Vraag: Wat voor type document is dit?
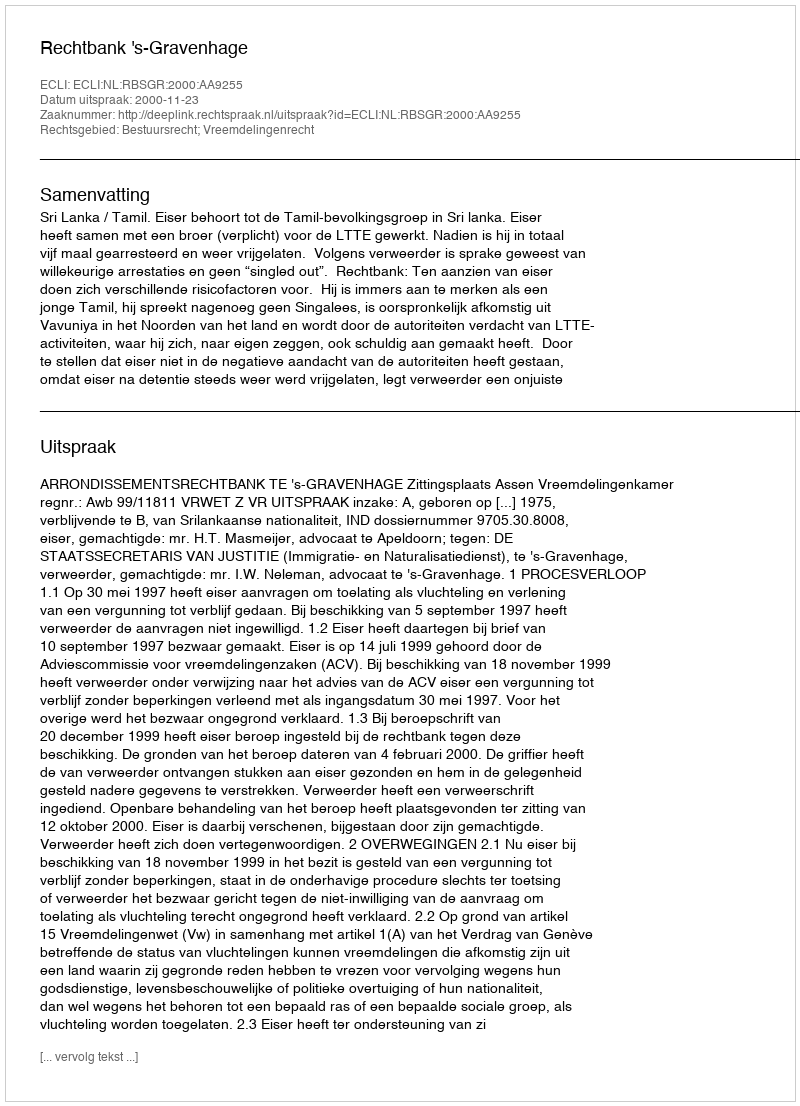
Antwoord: Uitspraak